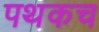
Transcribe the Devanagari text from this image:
पथकच